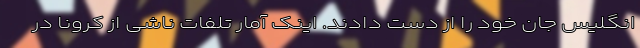
انگلیس جان خود را از دست دادند. اینک آمار تلفات ناشی از کرونا در